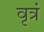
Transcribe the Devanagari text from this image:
वृत्रं